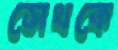
সেথকে